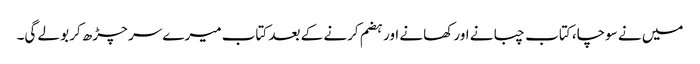
میں نے سوچا، کتاب چبانے اور کھانے اور ہضم کرنے کے بعد کتاب میرے سر چڑھ کر بولے گی۔